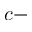
c -